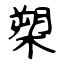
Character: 槊